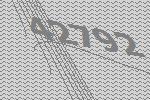
42792